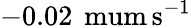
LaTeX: -0.02\mathrm{\, \ mum\, s^{-1}}